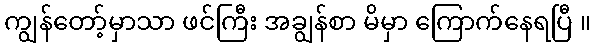
ကျွန်တော့်မှာသာ ဖင်ကြီး အချွန်စာ မိမှာ ကြောက်နေရပြီ ။